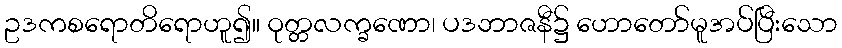
ဥဒကစရောတိရောဟူ၍။ ဝုတ္တလက္ခဏော၊ ပဒဘာဇနီ၌ ဟောတော်မူအပ်ပြီးသော